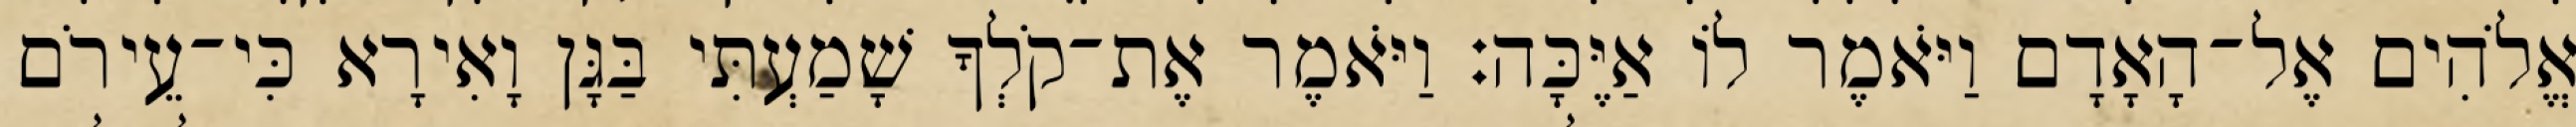
אֱלֹהִים אֶל־הָאָדָם וַיֹּאמֶר לֹו אַיֶּכָּה׃ וַיֹּאמֶר אֶת־קֹלְךָ שָׁמַעְתִּי בַּגָּן וָאִירָא כִּי־עֵירֹם